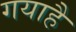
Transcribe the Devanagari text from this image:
गयाहै